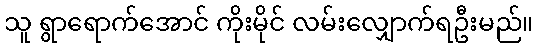
သူ ရွာရောက်အောင် ကိုးမိုင် လမ်းလျှောက်ရဦးမည်။